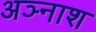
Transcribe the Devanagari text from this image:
अञ्नाश